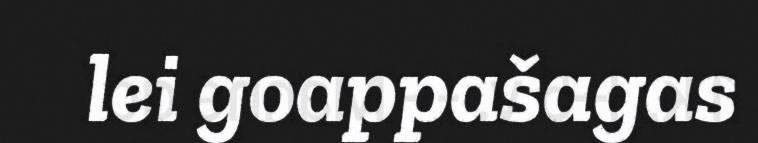
lei goappašagas